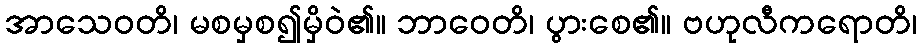
အာသေဝတိ၊ မစမှစ၍မှိဝဲ၏။ ဘာဝေတိ၊ ပွားစေ၏။ ဗဟုလီကရောတိ၊